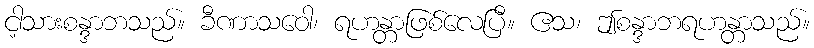
ငါ့သားစန္ဒာဘသည်။ ခီဏာသဝေါ၊ ရဟန္တာဖြစ်လေပြီ။ ဧသ၊ ဤစန္ဒာဘရဟန္တာသည်။